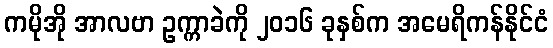
ကမိုအို အာလဗာ ဥက္ကာခဲကို ၂၀၁၆ ခုနှစ်က အမေရိကန်နိုင်ငံ